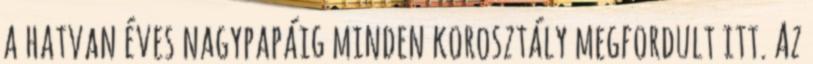
a hatvan éves nagypapáig minden korosztály megfordult itt. Az